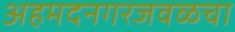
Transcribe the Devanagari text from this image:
अहमदनगरजवळचा